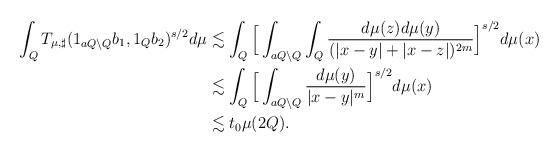
LaTeX: \begin{align*}\int_Q T_{\mu, \sharp}(1_{aQ\setminus Q} b_1,1_Qb_2)^{s/2} d \mu&\lesssim \int_Q \Big[\int_{aQ \setminus Q} \int_Q \frac{d\mu(z) d\mu(y) }{(|x-y|+|x-z|)^{2m}} \Big]^{s/2} d\mu(x) \\&\lesssim \int_Q \Big[\int_{aQ \setminus Q} \frac{d\mu(y) }{|x-y|^{m}} \Big]^{s/2} d\mu(x) \\& \lesssim t_0 \mu(2Q).\end{align*}